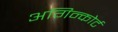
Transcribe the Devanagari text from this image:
अगिन्कोर्ट